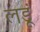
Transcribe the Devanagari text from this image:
लडूं